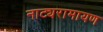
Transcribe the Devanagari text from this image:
नाट्यरामायण